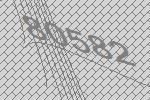
80582